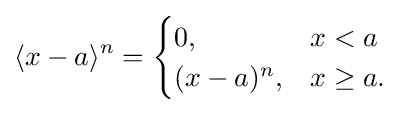
\langle x-a\rangle ^{n}={\begin{cases}0,&x<a\\(x-a)^{n},&x\geq a.\end{cases}}